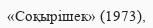
«Соқырішек» (1973),